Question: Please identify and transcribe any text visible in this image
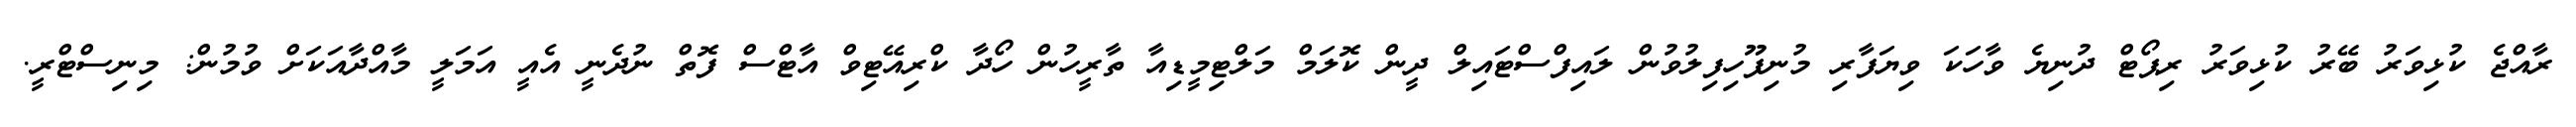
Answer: ރާއްޖެ ކުޅިވަރު ބޭރު ކުޅިވަރު ރިޕޯޓް ދުނިޔެ ވާހަކަ ވިޔަފާރި މުނިފޫހިފިލުވުން ލައިފްސްޓައިލް ދީން ކޮލަމް މަލްޓިމީޑިއާ ތާރީހުން ހޯދާ ކްރިއޭޓިވް އާޓްސް ފޮތް ނުދެނީ އެއީ އަމަލީ މާއްދާއަކަށް ވުމުން: މިނިސްޓްރީ.